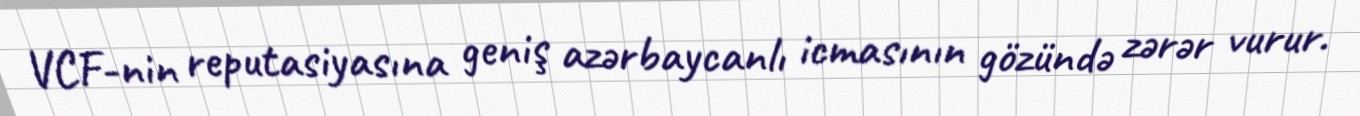
VCF-nin reputasiyasına geniş azərbaycanlı icmasının gözündə zərər vurur.